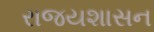
રાજયશાસન